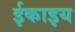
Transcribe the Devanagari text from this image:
ईकाइय